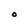
Character: O